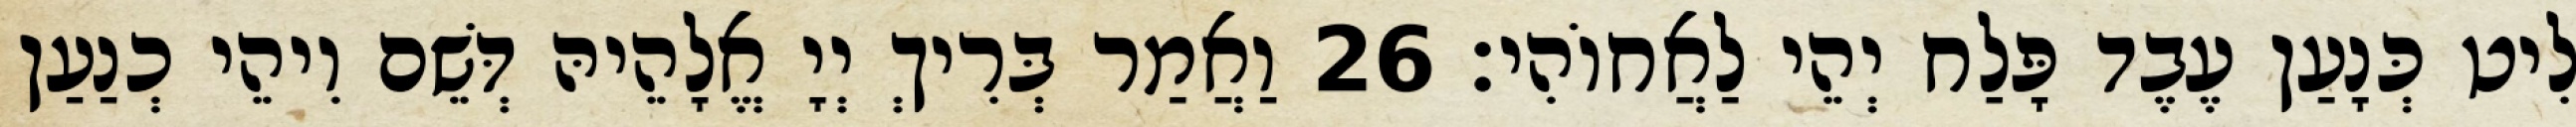
לִיט כְּנָעַן עֶבֶד פָּלַח יְהֵי לַאֲחוֹהִי׃ 26 וַאֲמַר בְּרִיךְ יְיָ אֱלָהֵיהּ דְּשֵׁם וִיהֵי כְנַעַן